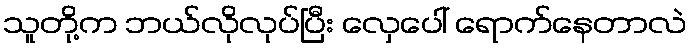
သူတို့က ဘယ်လိုလုပ်ပြီး လှေပေါ် ရောက်နေတာလဲ